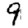
Digit: 9